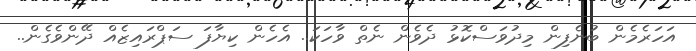
އަހަރެމެން ބުނެފިން މިދުވަސްކޮޅު ދެވެން ނެތް ވާހަކަ.. އެހެން ކިޔާފަ ސަޕްރައިޒެއް ދޭންވެގެން..